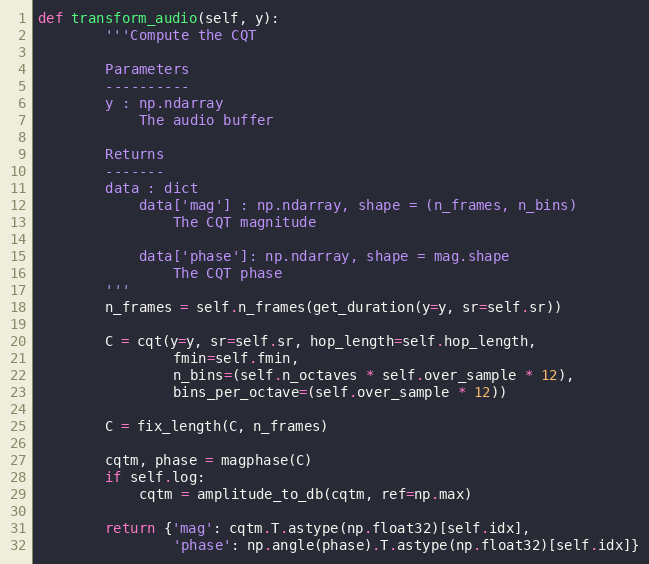
Language: Python
def transform_audio(self, y):
        '''Compute the CQT

        Parameters
        ----------
        y : np.ndarray
            The audio buffer

        Returns
        -------
        data : dict
            data['mag'] : np.ndarray, shape = (n_frames, n_bins)
                The CQT magnitude

            data['phase']: np.ndarray, shape = mag.shape
                The CQT phase
        '''
        n_frames = self.n_frames(get_duration(y=y, sr=self.sr))

        C = cqt(y=y, sr=self.sr, hop_length=self.hop_length,
                fmin=self.fmin,
                n_bins=(self.n_octaves * self.over_sample * 12),
                bins_per_octave=(self.over_sample * 12))

        C = fix_length(C, n_frames)

        cqtm, phase = magphase(C)
        if self.log:
            cqtm = amplitude_to_db(cqtm, ref=np.max)

        return {'mag': cqtm.T.astype(np.float32)[self.idx],
                'phase': np.angle(phase).T.astype(np.float32)[self.idx]}